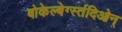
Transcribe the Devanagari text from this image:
बोकेल्बेर्ग्स्तदिओन्